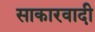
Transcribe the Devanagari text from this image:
साकारवादी